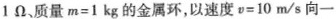
1Ω$$、质量$$m=1kg$$的金属环，以速度$$v=10m/s$$向一